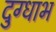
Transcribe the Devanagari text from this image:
दुग्धाभ